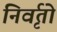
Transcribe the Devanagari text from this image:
निर्वृतो